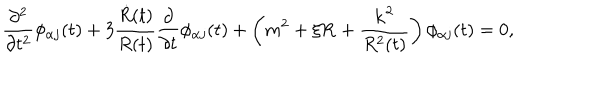
\frac { \partial ^ { 2 } } { \partial t ^ { 2 } } \phi _ { \alpha j } ( t ) + 3 \frac { \dot { R } ( t ) } { R ( t ) } \frac { \partial } { \partial t } \phi _ { \alpha j } ( t ) + \left( m ^ { 2 } + \xi { \bf R } + \frac { { \bf k } ^ { 2 } } { R ^ { 2 } ( t ) } \right) \phi _ { \alpha j } ( t ) = 0 ,